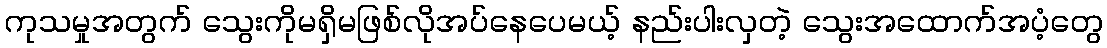
ကုသမှုအတွက် သွေးကိုမရှိမဖြစ်လိုအပ်နေပေမယ့် နည်းပါးလှတဲ့ သွေးအထောက်အပံ့တွေ